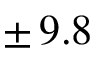
\pm \, 9 . 8